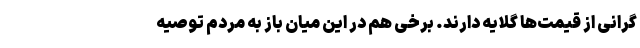
گرانی از قیمت‌ها گلایه دارند. برخی هم در این میان باز به مردم توصیه